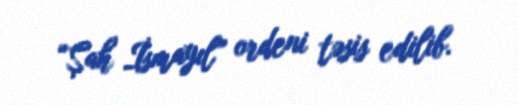
“Şah İsmayıl” ordeni təsis edilib.